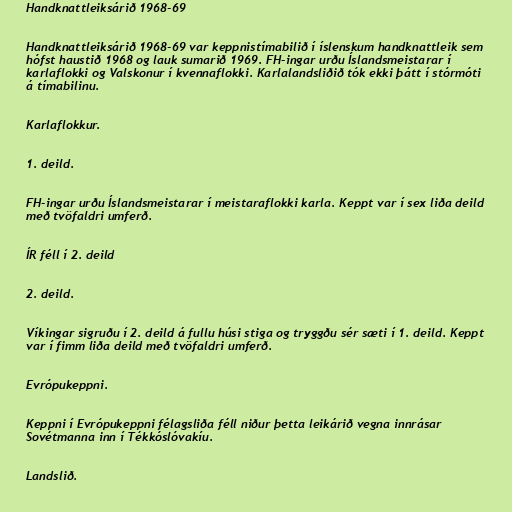
Handknattleiksárið 1968-69

Handknattleiksárið 1968-69 var keppnistímabilið í íslenskum handknattleik sem
hófst haustið 1968 og lauk sumarið 1969. FH-ingar urðu Íslandsmeistarar í
karlaflokki og Valskonur í kvennaflokki. Karlalandsliðið tók ekki þátt í stórmóti
á tímabilinu.

Karlaflokkur.

1. deild.

FH-ingar urðu Íslandsmeistarar í meistaraflokki karla. Keppt var í sex liða deild
með tvöfaldri umferð.

ÍR féll í 2. deild

2. deild.

Víkingar sigruðu í 2. deild á fullu húsi stiga og tryggðu sér sæti í 1. deild. Keppt
var í fimm liða deild með tvöfaldri umferð.

Evrópukeppni.

Keppni í Evrópukeppni félagsliða féll niður þetta leikárið vegna innrásar
Sovétmanna inn í Tékkóslóvakíu.

Landslið.